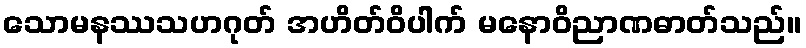
သောမနဿသဟဂုတ် အဟိတ်ဝိပါက် မနောဝိညာဏဓာတ်သည်။